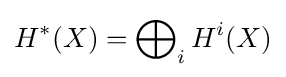
H^{*}(X)=\bigoplus \nolimits _{i}H^{i}(X)